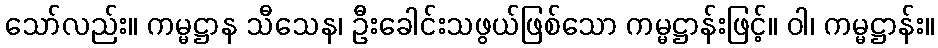
သော်လည်း။ ကမ္မဋ္ဌာန သီသေန၊ ဦးခေါင်းသဖွယ်ဖြစ်သော ကမ္မဋ္ဌာန်းဖြင့်။ ဝါ၊ ကမ္မဋ္ဌာန်း။